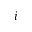
i